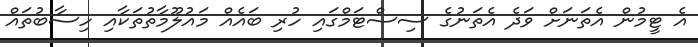
އެ ޓީމުން އެތަނަށް ވަދެ އެތަނުގެ ސިސްޓަމްގައި ހުރި ބައެއް މައުލޫމާތުތަކާއި ހިސާބުތައް